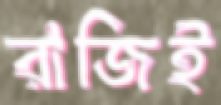
রাজিই